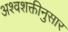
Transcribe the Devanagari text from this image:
अश्वशक्तीनुसार